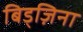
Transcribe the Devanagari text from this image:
बिड्ज़िना